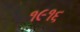
૧૯૧૬